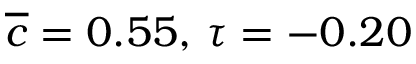
\overline { { c } } = 0 . 5 5 , \, \tau = - 0 . 2 0